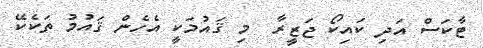
ޓާކަސް އަދި ކައިކޯ ޖަޒީރާ  މި ޤައުމަކީ އެހެން ޤައުމު ތަކެކޭ